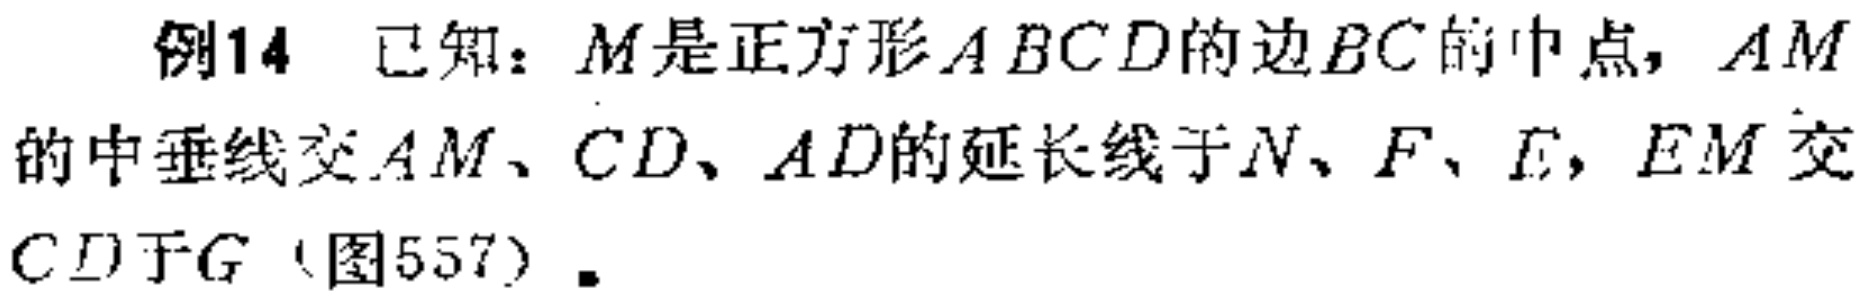
例14 已知：$M$是正方形$ABCD$的边$BC$的中点，$AM$的中垂线交$AM$、$CD$、$AD$的延长线于$N$、$F$、$E$，$EM$交$CD$于$G$（图557）.